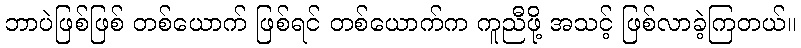
ဘာပဲဖြစ်ဖြစ် တစ်ယောက် ဖြစ်ရင် တစ်ယောက်က ကူညီဖို့ အသင့် ဖြစ်လာခဲ့ကြတယ်။